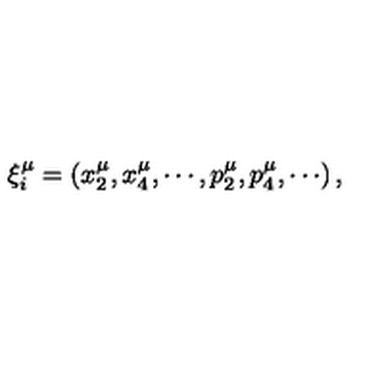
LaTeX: \xi _ { i } ^ { \mu } = \left( x _ { 2 } ^ { \mu } , x _ { 4 } ^ { \mu } , \cdots , p _ { 2 } ^ { \mu } , p _ { 4 } ^ { \mu } , \cdots \right) ,